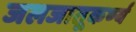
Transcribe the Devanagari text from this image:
जलजातूकर्ण्य